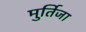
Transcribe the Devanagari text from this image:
मुर्तिजा